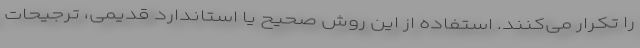
را تکرار می‌کنند. استفاده از این روش صحیح یا استاندارد قدیمی، ترجیحات